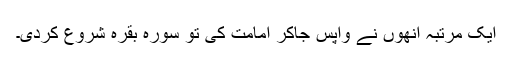
ایک مرتبہ انھوں نے واپس جاکر امامت کی تو سورہ بقرہ شروع کردی۔